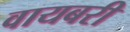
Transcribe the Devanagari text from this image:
वायबरी